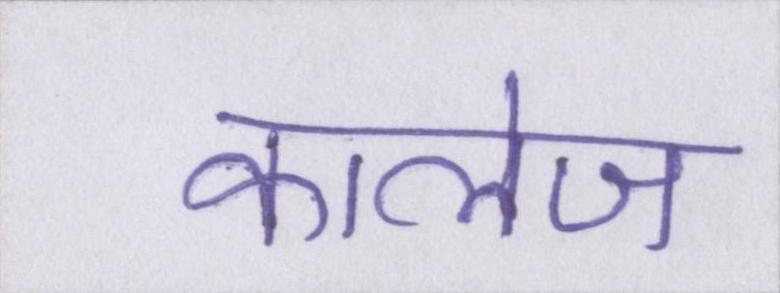
कालेज